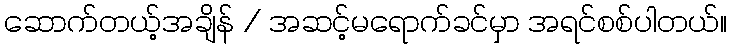
ဆောက်တယ့်အချိန် / အဆင့်မရောက်ခင်မှာ အရင်စစ်ပါတယ်။